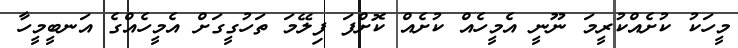
މީހަކު ކުށެއްކުރީމަ ނޫނީ އެމީހެއް ކުށެއް ކޮށްފަ ފިލޭމަ ތަހުގީގަށް އެމީހެއްގެ އަނބީމީހާ